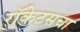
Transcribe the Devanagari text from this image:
रॉकेटसचा